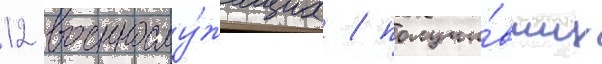
12 военнослу́жащих / получи́вших